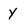
Character: y